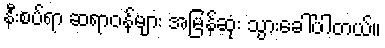
နီးစပ်ရာ ဆရာဝန်များ အမြန်ဆုံး သွားခေါ်ပါတယ်။